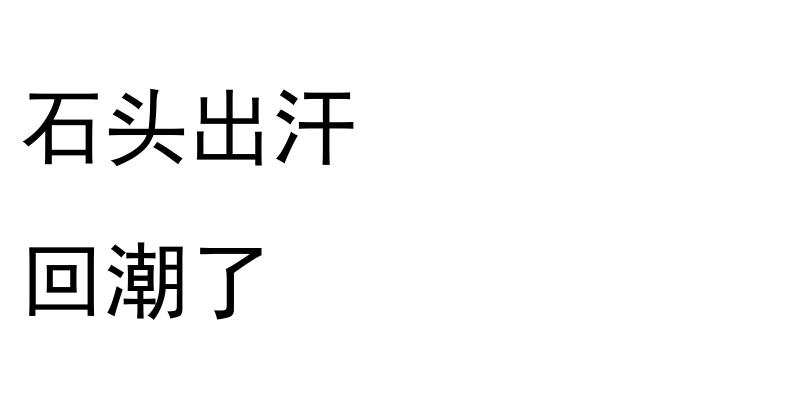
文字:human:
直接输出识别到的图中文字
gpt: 石头出汗 回潮了